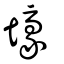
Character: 壕